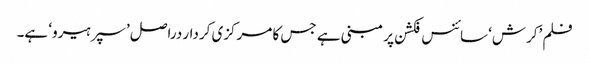
فلم ’کرش‘ سائنس فکشن پر مبنی ہے جس کا مرکزی کردار دراصل ’سپرہیرو‘ ہے۔